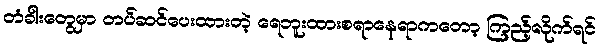
တံခါးတွေမှာ တပ်ဆင်ပေးထားတဲ့ ရေဘူးထားစရာနေရာကတော့ ကြည့်လိုက်ရင်